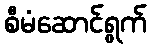
စီမံဆောင်ရွက်